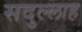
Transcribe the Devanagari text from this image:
सदुल्‍लाह